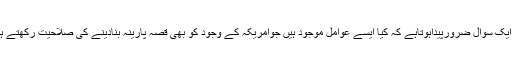
تاہم ایک سوال ضرورپیداہوتاہے کہ کیا ایسے عوامل موجود ہیں جوامریکہ کے وجود کو بھی قصہ پارینہ بنادینے کی صلاحیت رکھتے ہیں ؟